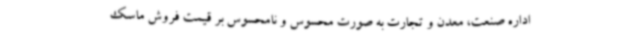
اداره صنعت، معدن و تجارت به صورت محسوس و نامحسوس بر قیمت فروش ماسک